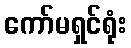
ကော်မရှင်ရုံး